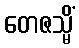
တေဇသ္မိံ